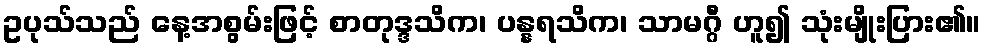
ဥပုသ်သည် နေ့အစွမ်းဖြင့် စာတုဒ္ဒသိက၊ ပန္နရသိက၊ သာမဂ္ဂီ ဟူ၍ သုံးမျိုးပြား၏။